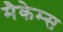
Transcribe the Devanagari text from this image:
मैकेम्स